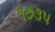
૧૭૩૫